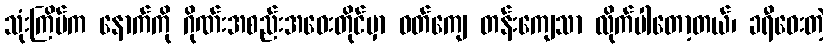
သုံးကြိမ်က နောက်ကို ဂိုဏ်းအစည်းအဝေးတိုင်မှာ ဝတ်ကျေ တန်းကျေသာ လိုက်ပါတော့တယ်၊ ခရီဝေးတဲ့